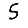
Digit: 5